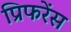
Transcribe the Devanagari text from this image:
प्रिफरेंस